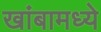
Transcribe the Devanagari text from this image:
खांबामध्ये